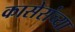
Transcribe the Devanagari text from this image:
कासेरांच्या